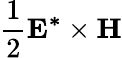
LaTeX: \frac{1}{2}\mathbf{E^{*}\times H}